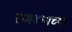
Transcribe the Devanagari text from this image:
रामबागच्या